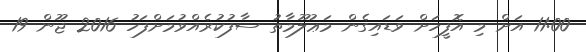
11:00 އަށް މި އޮފީހަށް ވަޑައިގެން މަޢުލޫމާތު ސާފުކުރެއްވުމަށްފަހު 2016 ޖޫން 19